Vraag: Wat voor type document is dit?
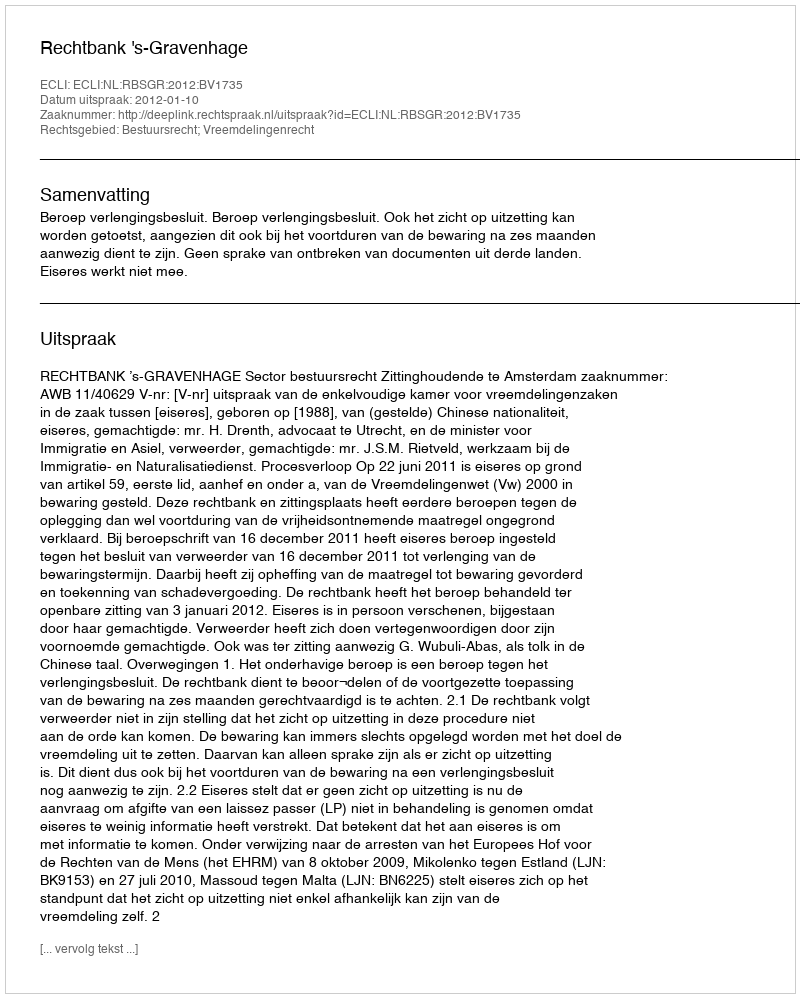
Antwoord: Uitspraak